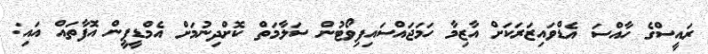
ރައީސްގެ ހާއްސަ އެޑްވައިޒަރަކަށް އާޒިމާ ހަމަޖައްސައިފިވޯޓުން ސަލާމަތް ކޮށްދިނުމަށް އެމްޑީޕީން އޮފާތައް އައި: